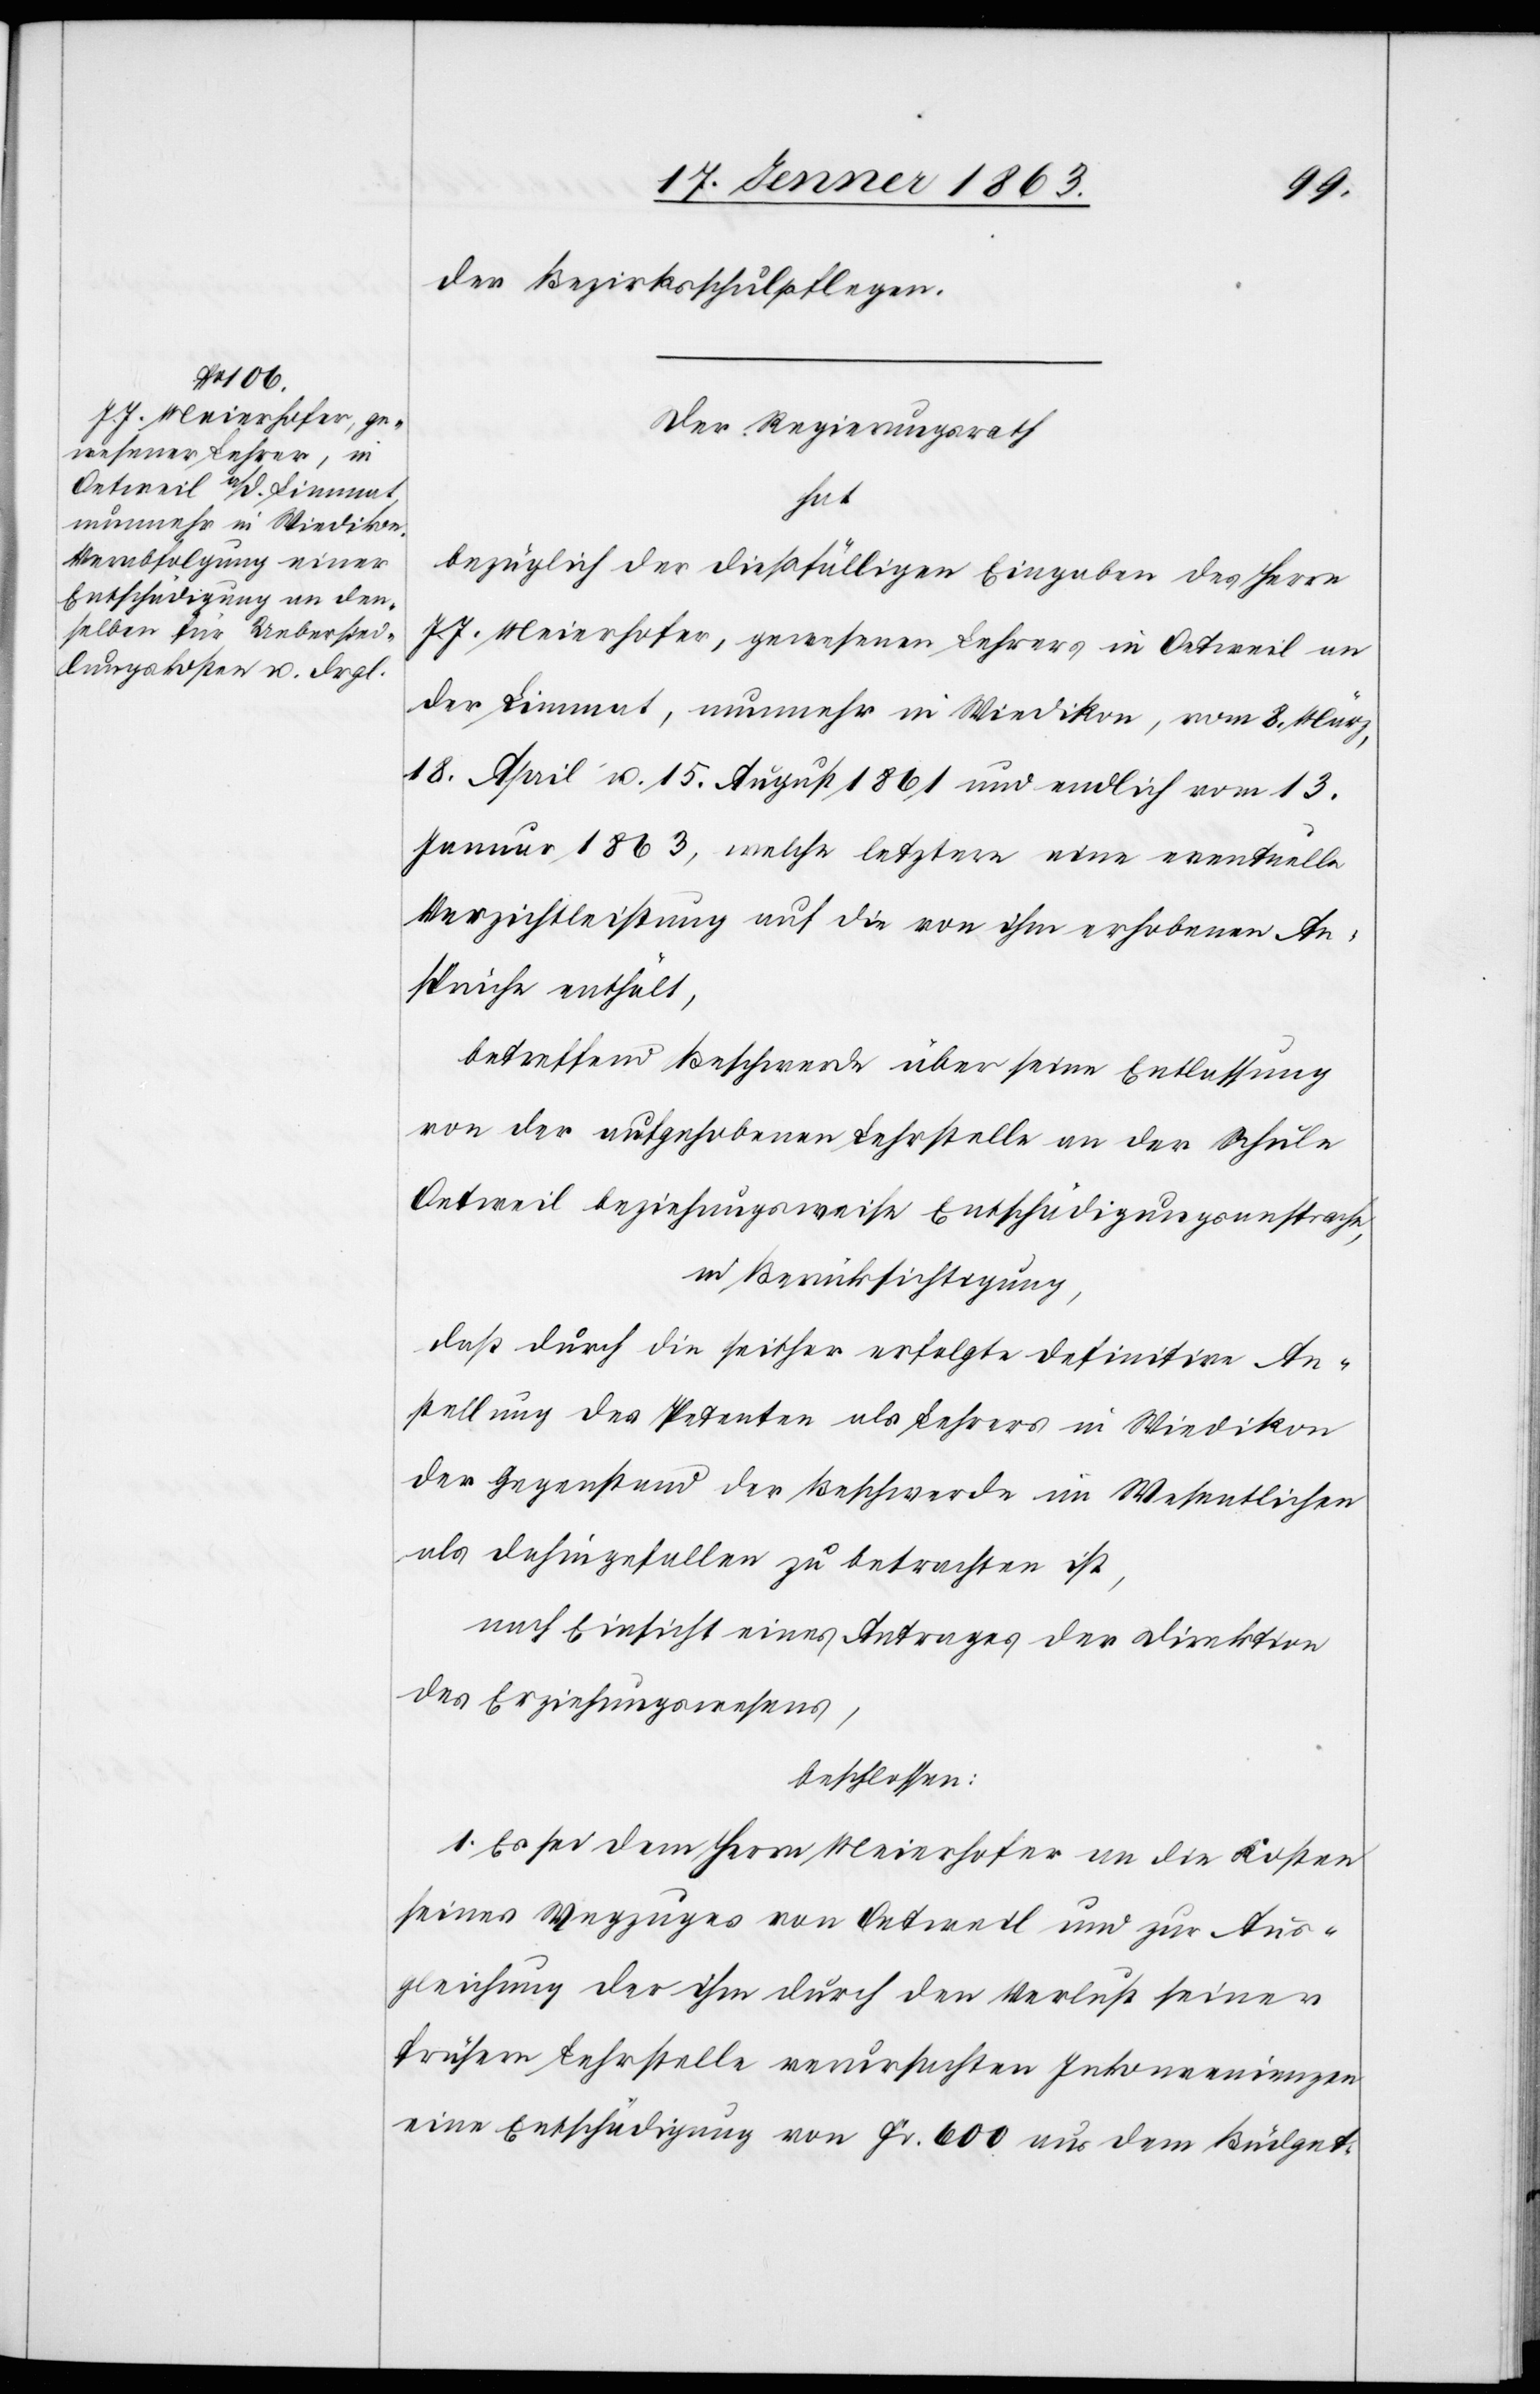
der Bezirksschulpflegen.
Der Regierungsrath
Herrn
J. J. Meierhofer, gewesenen Lehrers in Oetweil an
der Limmat, nunmehr in Wiedikon, vom 8. März,
18. April u. 15. August 1861 und endlich vom 13.
Januar 1863, welche letztere eine eventuelle
Verzichtleistung auf die von ihm erhobenen An¬
sprüche enthält,
betreffend Beschwerde über seine Entlassung
von der aufgehobenen Lehrstelle an der Schule
Oetweil beziehungsweise Entschädigungsansprache,
in Berücksichtigung,
daß durch die seither erfolgte definitive An¬
stellung des Petenten als Lehrers in Wiedikon
der Gegenstand der Beschwerde im Wesentlichen
als dahingefallen zu betrachten ist,
nach Einsicht eines Antrages der Direktion
des Erziehungswesens,
beschlossen:
1. Es sei dem Herrn Meierhofer an die Kosten
seines Wegzuges von Oetweil und zur Aus¬
gleichung der ihm durch den Verlust seiner
frühern Lehrstelle verursachten Inkonvenienzen
eine Entschädigung von Fr. 600 aus dem Büdget-